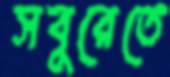
সবুরেতে